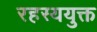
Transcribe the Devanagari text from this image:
रहस्‍ययुक्त